King Institute of Preventive Medicine Micro-Biological Section reports 1909-11
Year: 1909
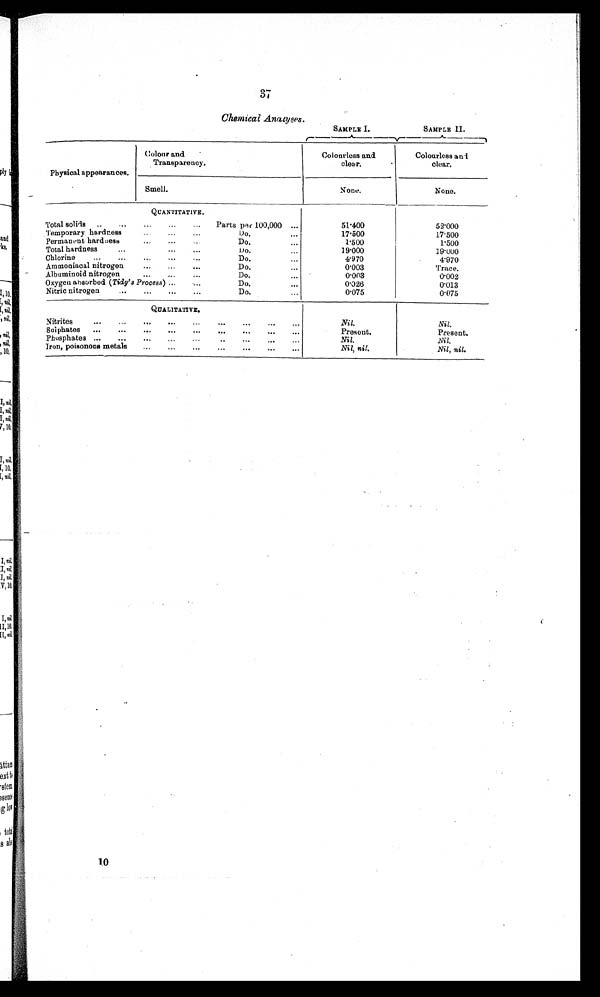
37
Chemical Analyses.
SAMPLE I.
SAMPLE II .
Physical appearances.
Colour and
Transparency.
Colourless and
clear.
Col ourl ess and
c l e a r .
Smell.
None.
None.
QUANTITATIVE.
Total solids
..
..,
...
...
. ..
Parts per 100,000
51.400
52.000
Temporary hardness
• • '
" •
• "
D o .
17.500
1 7 . 5 0 0
Permanent hardness
Do.
1.500
1.500
Total hardness
• •
Do.
...
19.000
19.000
Chlorine
...
...
...
Do.
4.970
4.970
Ammoniacal nitrogen
...
...
Do....
0.003
Trace.
...
...
...
Albuminoid nitrogen
D o .
0.003
0.002
Oxygen absorbed ( Tidy's Process )
Do.
0.026
0.013
Nitric nitrogen
Do.
0.075
0.075
QUALITATIVE.
Nitrites
...
...
...
......
.. .
...
...
...
Nil.
Nil.
Sulphates
...
...
...
Present.
Present.
Phosphates ...
...
......
...
Nil.
Nil,
Iron, poisonous metals
...
...
...
...
...
...
...
Nil, nil.
Nil, nil.
10